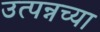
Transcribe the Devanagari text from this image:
उत्पन्नच्या